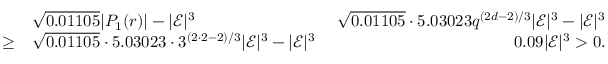
\begin{array} { r l r } & { \sqrt { 0 . 0 1 1 0 5 } | P _ { 1 } ( r ) | - | \mathcal { E } | ^ { 3 } \ } & { \sqrt { 0 . 0 1 1 0 5 } \cdot 5 . 0 3 0 2 3 q ^ { ( 2 d - 2 ) / 3 } | \mathcal { E } | ^ { 3 } - | \mathcal { E } | ^ { 3 } } \\ { \geq } & { \sqrt { 0 . 0 1 1 0 5 } \cdot 5 . 0 3 0 2 3 \cdot 3 ^ { ( 2 \cdot 2 - 2 ) / 3 } | \mathcal { E } | ^ { 3 } - | \mathcal { E } | ^ { 3 } \ } & { 0 . 0 9 | \mathcal { E } | ^ { 3 } > 0 . } \end{array}